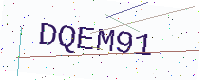
Text: DQEM91